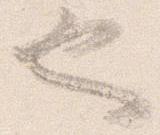
也